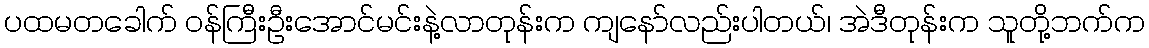
ပထမတခေါက် ဝန်ကြီးဦးအောင်မင်းနဲ့လာတုန်းက ကျနော်လည်းပါတယ်၊ အဲဒီတုန်းက သူတို့ဘက်က